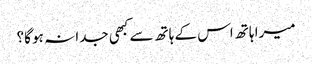
میرا ہاتھ اس کے ہاتھ سے کبھی جدا نہ ہو گا؟